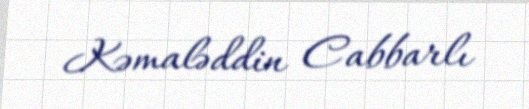
Kəmaləddin Cabbarlı